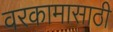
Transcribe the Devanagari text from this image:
वरकामासाठी